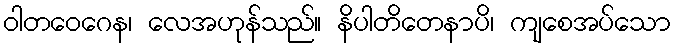
ဝါတဝေဂေန၊ လေအဟုန်သည်။ နိပါတိတေနာပိ၊ ကျစေအပ်သော